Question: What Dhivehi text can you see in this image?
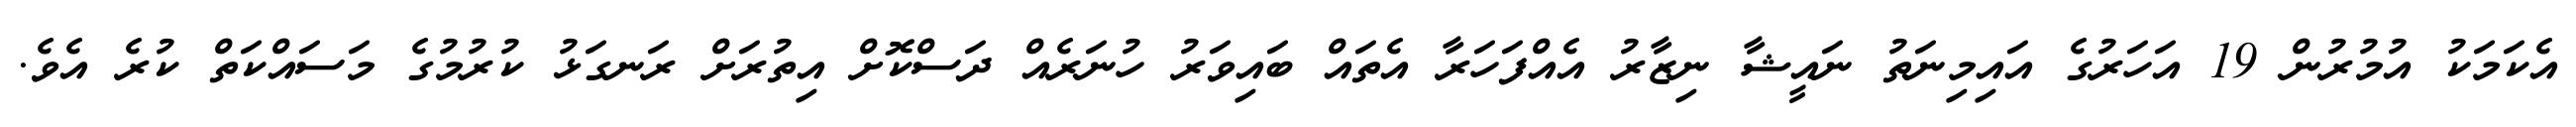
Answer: އެކަމަކު އުމުރުން 19 އަހަރުގެ އައިމިނަތު ނައީޝާ ނިޒާރު އެއްފަހަރާ އެތައް ބައިވަރު ހުނަރެއް ދަސްކޮށް އިތުރަށް ރަނގަޅު ކުރުމުގެ މަސައްކަތް ކުރެ އެވެ.